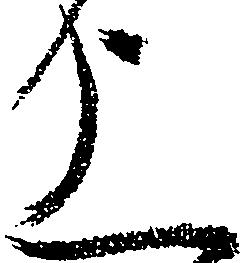
上